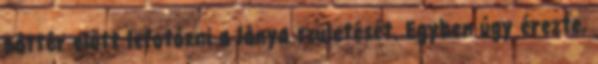
háttér előtt lefotózni a lánya születését. Egyben úgy érezte,